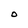
Character: O